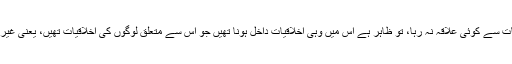
جب سائنس کا مذہبی اخلاقیات سے کوئی علاقہ نہ رہا، تو ظاہر ہے اس میں وہی اخلاقیات داخل ہونا تھیں جو اس سے متعلق لوگوں کی اخلاقیات تھیں، یعنی غیر مذہبی اور آزادانہ اخلاقیات۔